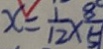
x = \frac { 1 } { 1 2 } \times \frac { 8 } { 5 }